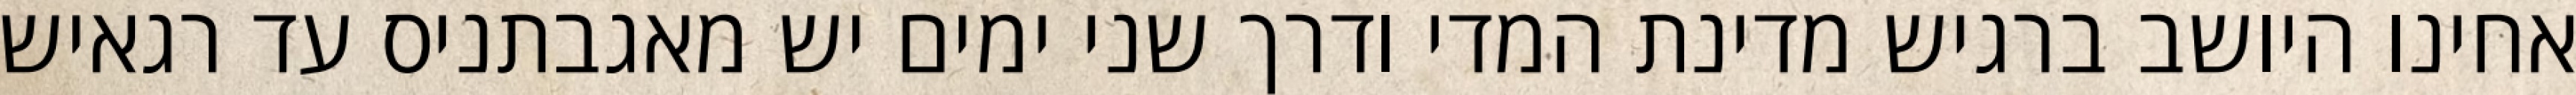
אחינו היושב ברגיש מדינת המדי ודרך שני ימים יש מאגבתניס עד רגאיש